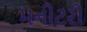
મનીટરી